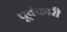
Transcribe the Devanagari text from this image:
पूर्वकारी